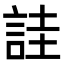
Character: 詿